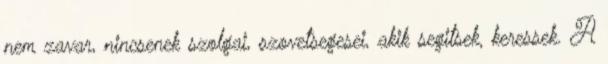
nem zavar, nincsenek szolgai, szovetsegesei, akik segitsek, keressek. A